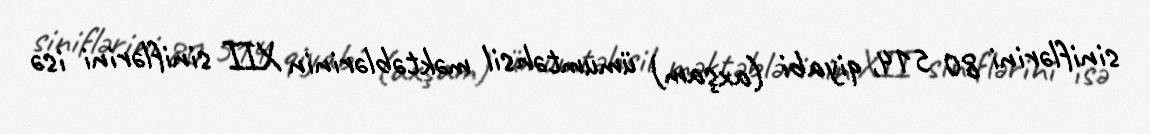
siniflərini 80 514, qiyabi (axşam) ümumtəhsil məktəblərinin XII siniflərini isə